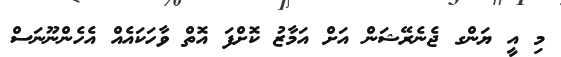
މި އީ ޔަންގ ޖެނެރޭޝަން އަށް އަމާޒު ކޮށްފަ އޮތް ވާހަކައެއް އެހެންނޫނަސް